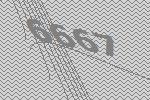
6667